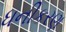
ધનીકરણ